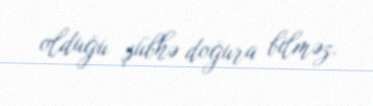
olduğu şübhə doğura bilməz.